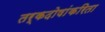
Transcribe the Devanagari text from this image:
तर्कदोषांकरिता